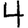
Digit: 4